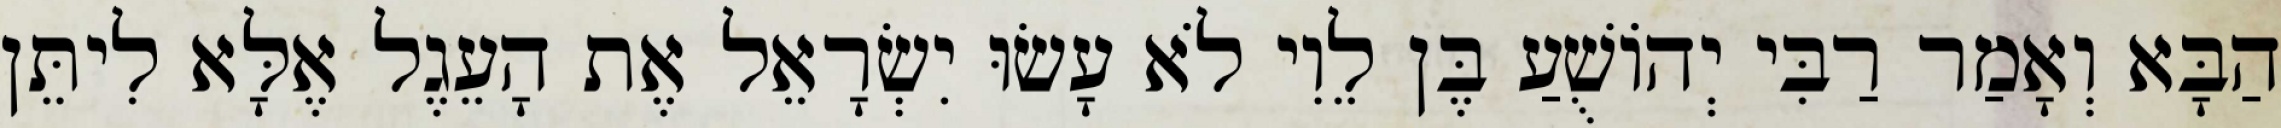
הַבָּא וְאָמַר רַבִּי יְהוֹשֻׁעַ בֶּן לֵוִי לֹא עָשׂוּ יִשְׂרָאֵל אֶת הָעֵגֶל אֶלָּא לִיתֵּן